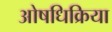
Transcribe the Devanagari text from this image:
ओषधिक्रिया